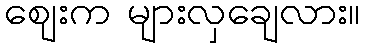
ဈေးက များလှချေလား။